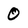
Character: 0